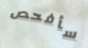
سأفحص